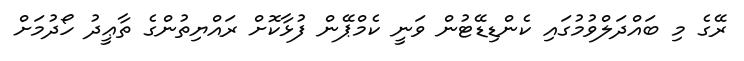
ރޭގެ މި ބައްދަލްވުމުގައި ކެންޑިޑޭޓުން ވަނީ ކެމްޕޭން ފުޅާކޮށް ރައްޔިތުންގެ ތާޢީދު ހޯދުމަށް